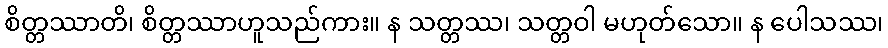
စိတ္တဿာတိ၊ စိတ္တဿာဟူသည်ကား။ န သတ္တဿ၊ သတ္တဝါ မဟုတ်သော။ န ပေါသဿ၊